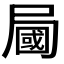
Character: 𡳚